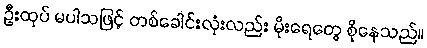
ဦးထုပ် မပါသဖြင့် တစ်ခေါင်းလုံးလည်း မိုးရေတွေ စိုနေသည်။